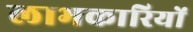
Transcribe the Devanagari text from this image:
लाभकारियों